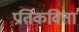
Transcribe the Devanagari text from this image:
प्रतिकविता